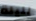
لليلة